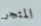
المتجر